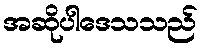
အဆိုပါဒေသသည်